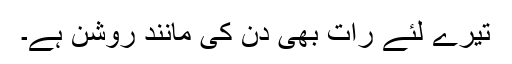
تیرے لئے رات بھی دن کی مانند روشن ہے۔